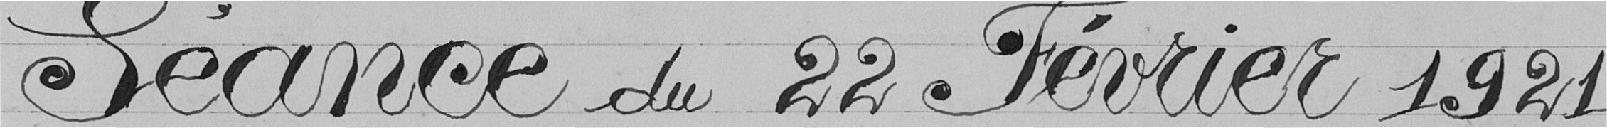
Séance du 22 Février 1921